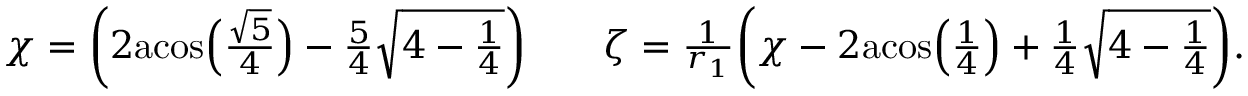
\begin{array} { r l r } { \chi = \bigg ( 2 \mathrm { a c o s } \Big ( \frac { \sqrt { 5 } } { 4 } \Big ) - \frac { 5 } { 4 } \sqrt { 4 - \frac { 1 } { 4 } } \bigg ) } & { } & { \zeta = \frac { 1 } { r _ { 1 } } \bigg ( \chi - 2 \mathrm { a c o s } \Big ( \frac { 1 } { 4 } \Big ) + \frac { 1 } { 4 } \sqrt { 4 - \frac { 1 } { 4 } } \bigg ) . } \end{array}